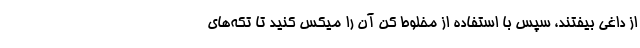
از داغی بیفتند، سپس با استفاده از مخلوط کن آن را میکس کنید تا تکه‌های